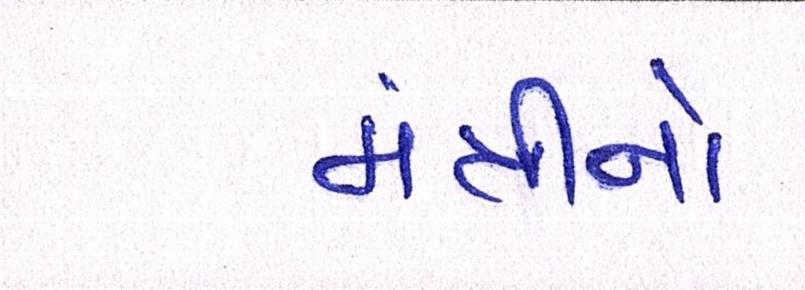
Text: મંત્રીનો